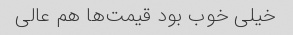
خیلی خوب بود قیمت‌ها هم عالی